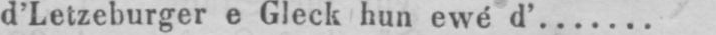
d’Letzeburger e Gleck hun ewé d’ .......